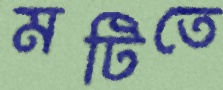
মটিতে